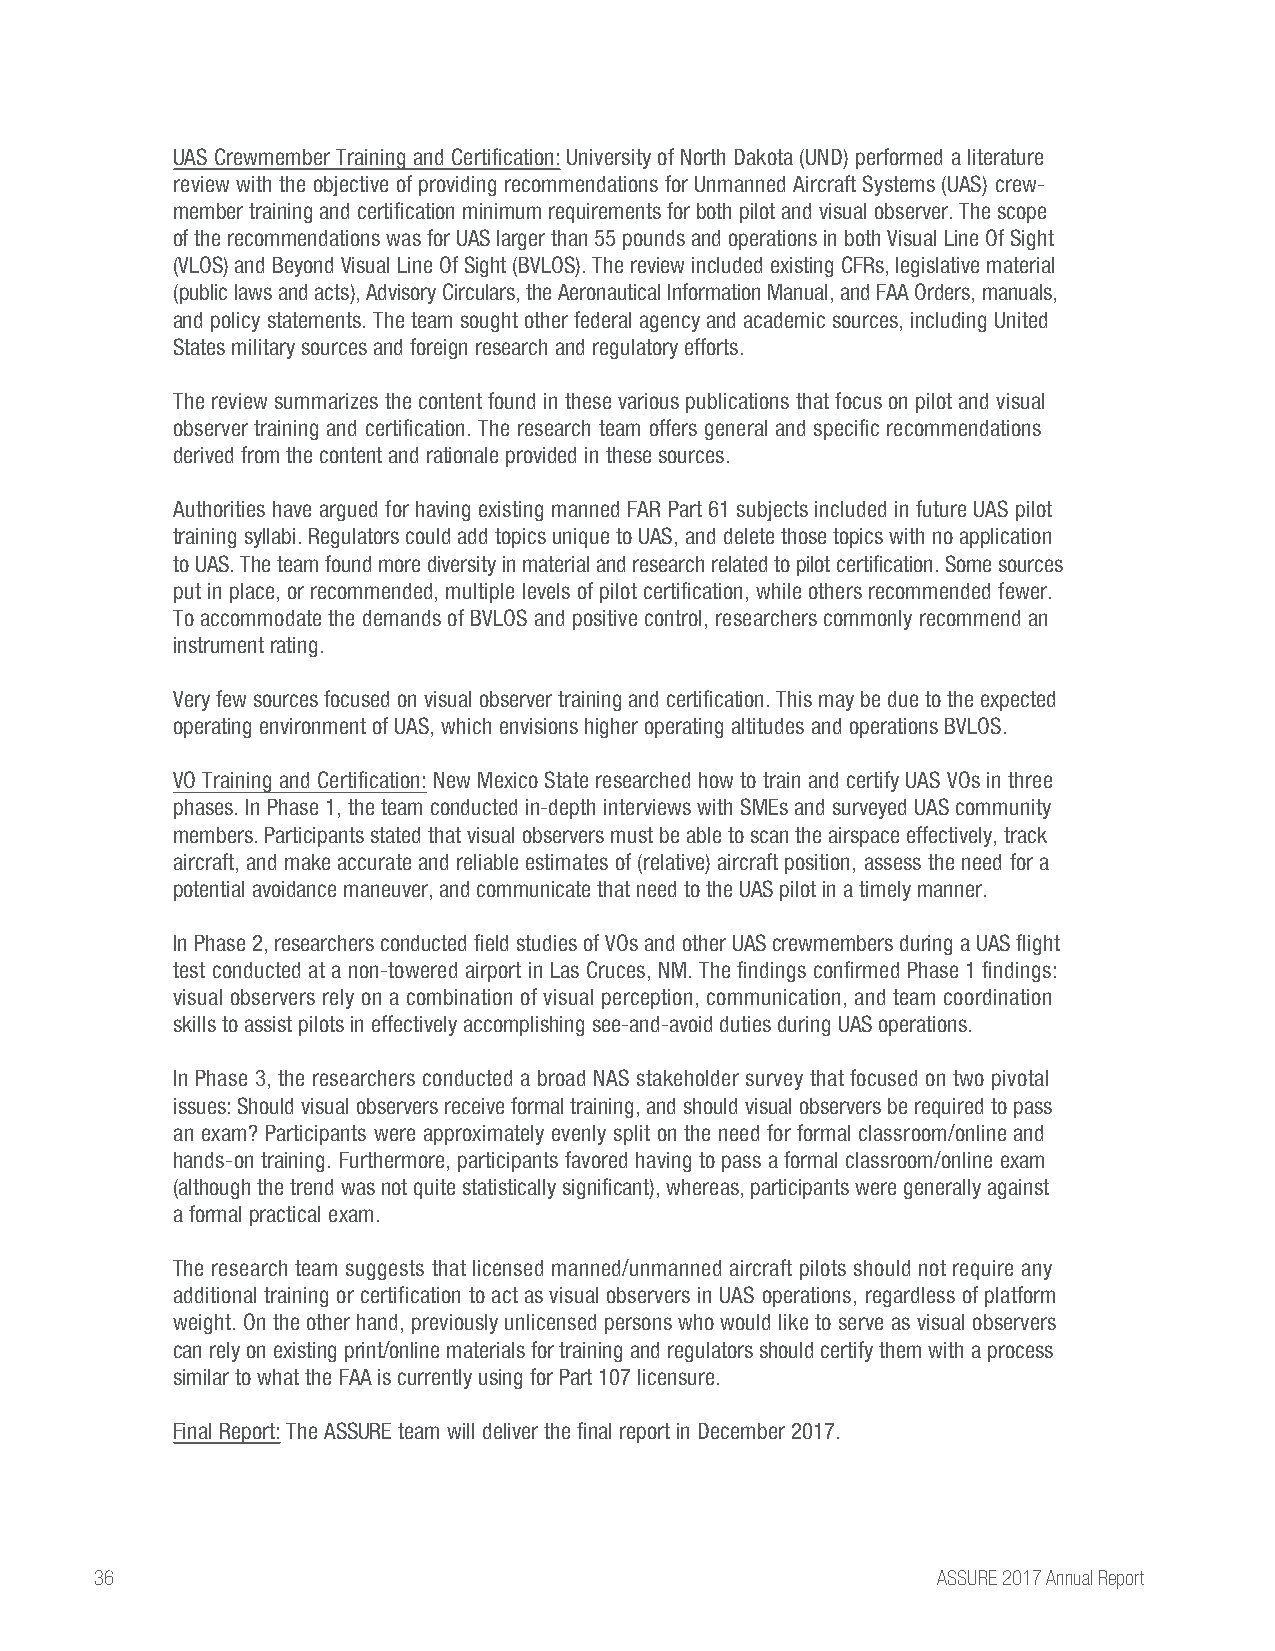
UAS Crewmember Training and Certification: University of North Dakota (UND) performed a literature
 review with the objective of providing recommendations for Unmanned Aircraft Systems (UAS) crew-
 member training and certification minimum requirements for both pilot and visual observer. The scope
 of the recommendations was for UAS larger than 55 pounds and operations in both Visual Line Of Sight
 (VLOS) and Beyond Visual Line Of Sight (BVLOS). The review included existing CFRs, legislative material
 (public laws and acts), Advisory Circulars, the Aeronautical Information Manual, and FAA Orders, manuals,
 and policy statements. The team sought other federal agency and academic sources, including United
 States military sources and foreign research and regulatory efforts.
 The review summarizes the content found in these various publications that focus on pilot and visual
 observer training and certification. The research team offers general and specific recommendations
 derived from the content and rationale provided in these sources.
 Authorities have argued for having existing manned FAR Part 61 subjects included in future UAS pilot
 training syllabi. Regulators could add topics unique to UAS, and delete those topics with no application
 to UAS. The team found more diversity in material and research related to pilot certification. Some sources
 put in place, or recommended, multiple levels of pilot certification, while others recommended fewer.
 To accommodate the demands of BVLOS and positive control, researchers commonly recommend an
 instrument rating.
 Very few sources focused on visual observer training and certification. This may be due to the expected
 operating environment of UAS, which envisions higher operating altitudes and operations BVLOS.
 VO Training and Certification: New Mexico State researched how to train and certify UAS VOs in three
 phases. In Phase 1, the team conducted in-depth interviews with SMEs and surveyed UAS community
 members. Participants stated that visual observers must be able to scan the airspace effectively, track
 aircraft, and make accurate and reliable estimates of (relative) aircraft position, assess the need for a
 potential avoidance maneuver, and communicate that need to the UAS pilot in a timely manner.
 In Phase 2, researchers conducted field studies of VOs and other UAS crewmembers during a UAS flight
 test conducted at a non-towered airport in Las Cruces, NM. The findings confirmed Phase 1 findings:
 visual observers rely on a combination of visual perception, communication, and team coordination
 skills to assist pilots in effectively accomplishing see-and-avoid duties during UAS operations.
 In Phase 3, the researchers conducted a broad NAS stakeholder survey that focused on two pivotal
 issues: Should visual observers receive formal training, and should visual observers be required to pass
 an exam? Participants were approximately evenly split on the need for formal classroom/online and
 hands-on training. Furthermore, participants favored having to pass a formal classroom/online exam
 (although the trend was not quite statistically significant), whereas, participants were generally against
 a formal practical exam.
 The research team suggests that licensed manned/unmanned aircraft pilots should not require any
 additional training or certification to act as visual observers in UAS operations, regardless of platform
 weight. On the other hand, previously unlicensed persons who would like to serve as visual observers
 can rely on existing print/online materials for training and regulators should certify them with a process
 similar to what the FAA is currently using for Part 107 licensure.
 Final Report: The ASSURE team will deliver the final report in December 2017.
 36                                                      ASSURE 2017 Annual Report